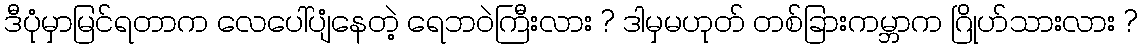
ဒီပုံမှာမြင်ရတာက လေပေါ်ပျံနေတဲ့ ရေဘဝဲကြီးလား ? ဒါမှမဟုတ် တစ်ခြားကမ္ဘာက ဂြိုဟ်သားလား ?